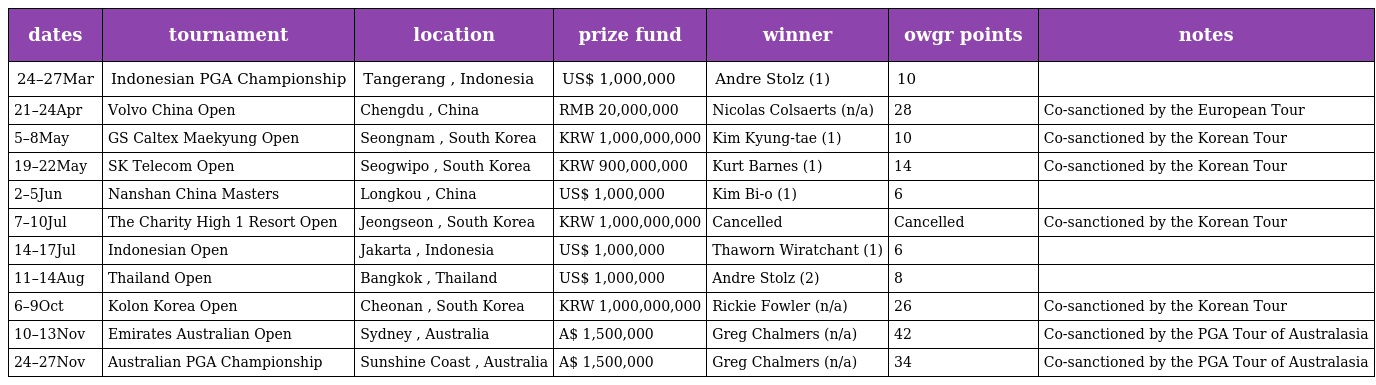
| dates | tournament | location | prize fund | winner | owgr points | notes |
 | --- | --- | --- | --- | --- | --- | --- |
 | 24–27Mar | Indonesian PGA Championship | Tangerang , Indonesia | US$ 1,000,000 | Andre Stolz (1) | 10 |  |
 | 21–24Apr | Volvo China Open | Chengdu , China | RMB 20,000,000 | Nicolas Colsaerts (n/a) | 28 | Co-sanctioned by the European Tour |
 | 5–8May | GS Caltex Maekyung Open | Seongnam , South Korea | KRW 1,000,000,000 | Kim Kyung-tae (1) | 10 | Co-sanctioned by the Korean Tour |
 | 19–22May | SK Telecom Open | Seogwipo , South Korea | KRW 900,000,000 | Kurt Barnes (1) | 14 | Co-sanctioned by the Korean Tour |
 | 2–5Jun | Nanshan China Masters | Longkou , China | US$ 1,000,000 | Kim Bi-o (1) | 6 |  |
 | 7–10Jul | The Charity High 1 Resort Open | Jeongseon , South Korea | KRW 1,000,000,000 | Cancelled | Cancelled | Co-sanctioned by the Korean Tour |
 | 14–17Jul | Indonesian Open | Jakarta , Indonesia | US$ 1,000,000 | Thaworn Wiratchant (1) | 6 |  |
 | 11–14Aug | Thailand Open | Bangkok , Thailand | US$ 1,000,000 | Andre Stolz (2) | 8 |  |
 | 6–9Oct | Kolon Korea Open | Cheonan , South Korea | KRW 1,000,000,000 | Rickie Fowler (n/a) | 26 | Co-sanctioned by the Korean Tour |
 | 10–13Nov | Emirates Australian Open | Sydney , Australia | A$ 1,500,000 | Greg Chalmers (n/a) | 42 | Co-sanctioned by the PGA Tour of Australasia |
 | 24–27Nov | Australian PGA Championship | Sunshine Coast , Australia | A$ 1,500,000 | Greg Chalmers (n/a) | 34 | Co-sanctioned by the PGA Tour of Australasia |